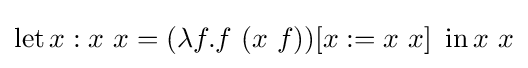
\operatorname {let} x:x\ x=(\lambda f.f\ (x\ f))[x:=x\ x]\ \operatorname {in} x\ x